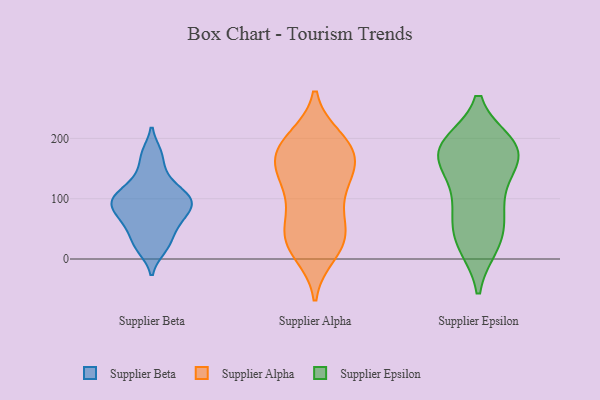
{"axis": {"x": "Bounce Rate (%)", "y": "Value"}, "legend": ["Supplier Alpha", "Supplier Beta", "Supplier Epsilon"], "data": [{"x": "", "y": 100, "type": "Supplier Beta"}, {"x": "", "y": 95, "type": "Supplier Beta"}, {"x": "", "y": 109, "type": "Supplier Beta"}, {"x": "", "y": 90, "type": "Supplier Beta"}, {"x": "", "y": 136, "type": "Supplier Beta"}, {"x": "", "y": 17, "type": "Supplier Beta"}, {"x": "", "y": 65, "type": "Supplier Beta"}, {"x": "", "y": 66, "type": "Supplier Beta"}, {"x": "", "y": 174, "type": "Supplier Beta"}, {"x": "", "y": 35, "type": "Supplier Beta"}, {"x": "", "y": 173, "type": "Supplier Alpha"}, {"x": "", "y": 173, "type": "Supplier Alpha"}, {"x": "", "y": 52, "type": "Supplier Alpha"}, {"x": "", "y": 26, "type": "Supplier Alpha"}, {"x": "", "y": 100, "type": "Supplier Alpha"}, {"x": "", "y": 42, "type": "Supplier Alpha"}, {"x": "", "y": 146, "type": "Supplier Alpha"}, {"x": "", "y": 109, "type": "Supplier Alpha"}, {"x": "", "y": 135, "type": "Supplier Alpha"}, {"x": "", "y": 160, "type": "Supplier Alpha"}, {"x": "", "y": 136, "type": "Supplier Alpha"}, {"x": "", "y": 27, "type": "Supplier Alpha"}, {"x": "", "y": 199, "type": "Supplier Alpha"}, {"x": "", "y": 67, "type": "Supplier Alpha"}, {"x": "", "y": 196, "type": "Supplier Alpha"}, {"x": "", "y": 10, "type": "Supplier Alpha"}, {"x": "", "y": 180, "type": "Supplier Alpha"}, {"x": "", "y": 191, "type": "Supplier Alpha"}, {"x": "", "y": 26, "type": "Supplier Alpha"}, {"x": "", "y": 64, "type": "Supplier Epsilon"}, {"x": "", "y": 178, "type": "Supplier Epsilon"}, {"x": "", "y": 77, "type": "Supplier Epsilon"}, {"x": "", "y": 162, "type": "Supplier Epsilon"}, {"x": "", "y": 191, "type": "Supplier Epsilon"}, {"x": "", "y": 187, "type": "Supplier Epsilon"}, {"x": "", "y": 190, "type": "Supplier Epsilon"}, {"x": "", "y": 183, "type": "Supplier Epsilon"}, {"x": "", "y": 121, "type": "Supplier Epsilon"}, {"x": "", "y": 73, "type": "Supplier Epsilon"}, {"x": "", "y": 22, "type": "Supplier Epsilon"}, {"x": "", "y": 26, "type": "Supplier Epsilon"}, {"x": "", "y": 125, "type": "Supplier Epsilon"}, {"x": "", "y": 183, "type": "Supplier Epsilon"}, {"x": "", "y": 161, "type": "Supplier Epsilon"}, {"x": "", "y": 25, "type": "Supplier Epsilon"}]}